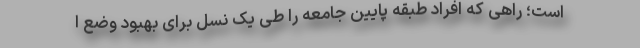
است؛ راهی که افراد طبقه پایین جامعه را طی یک نسل برای بهبود وضع ا